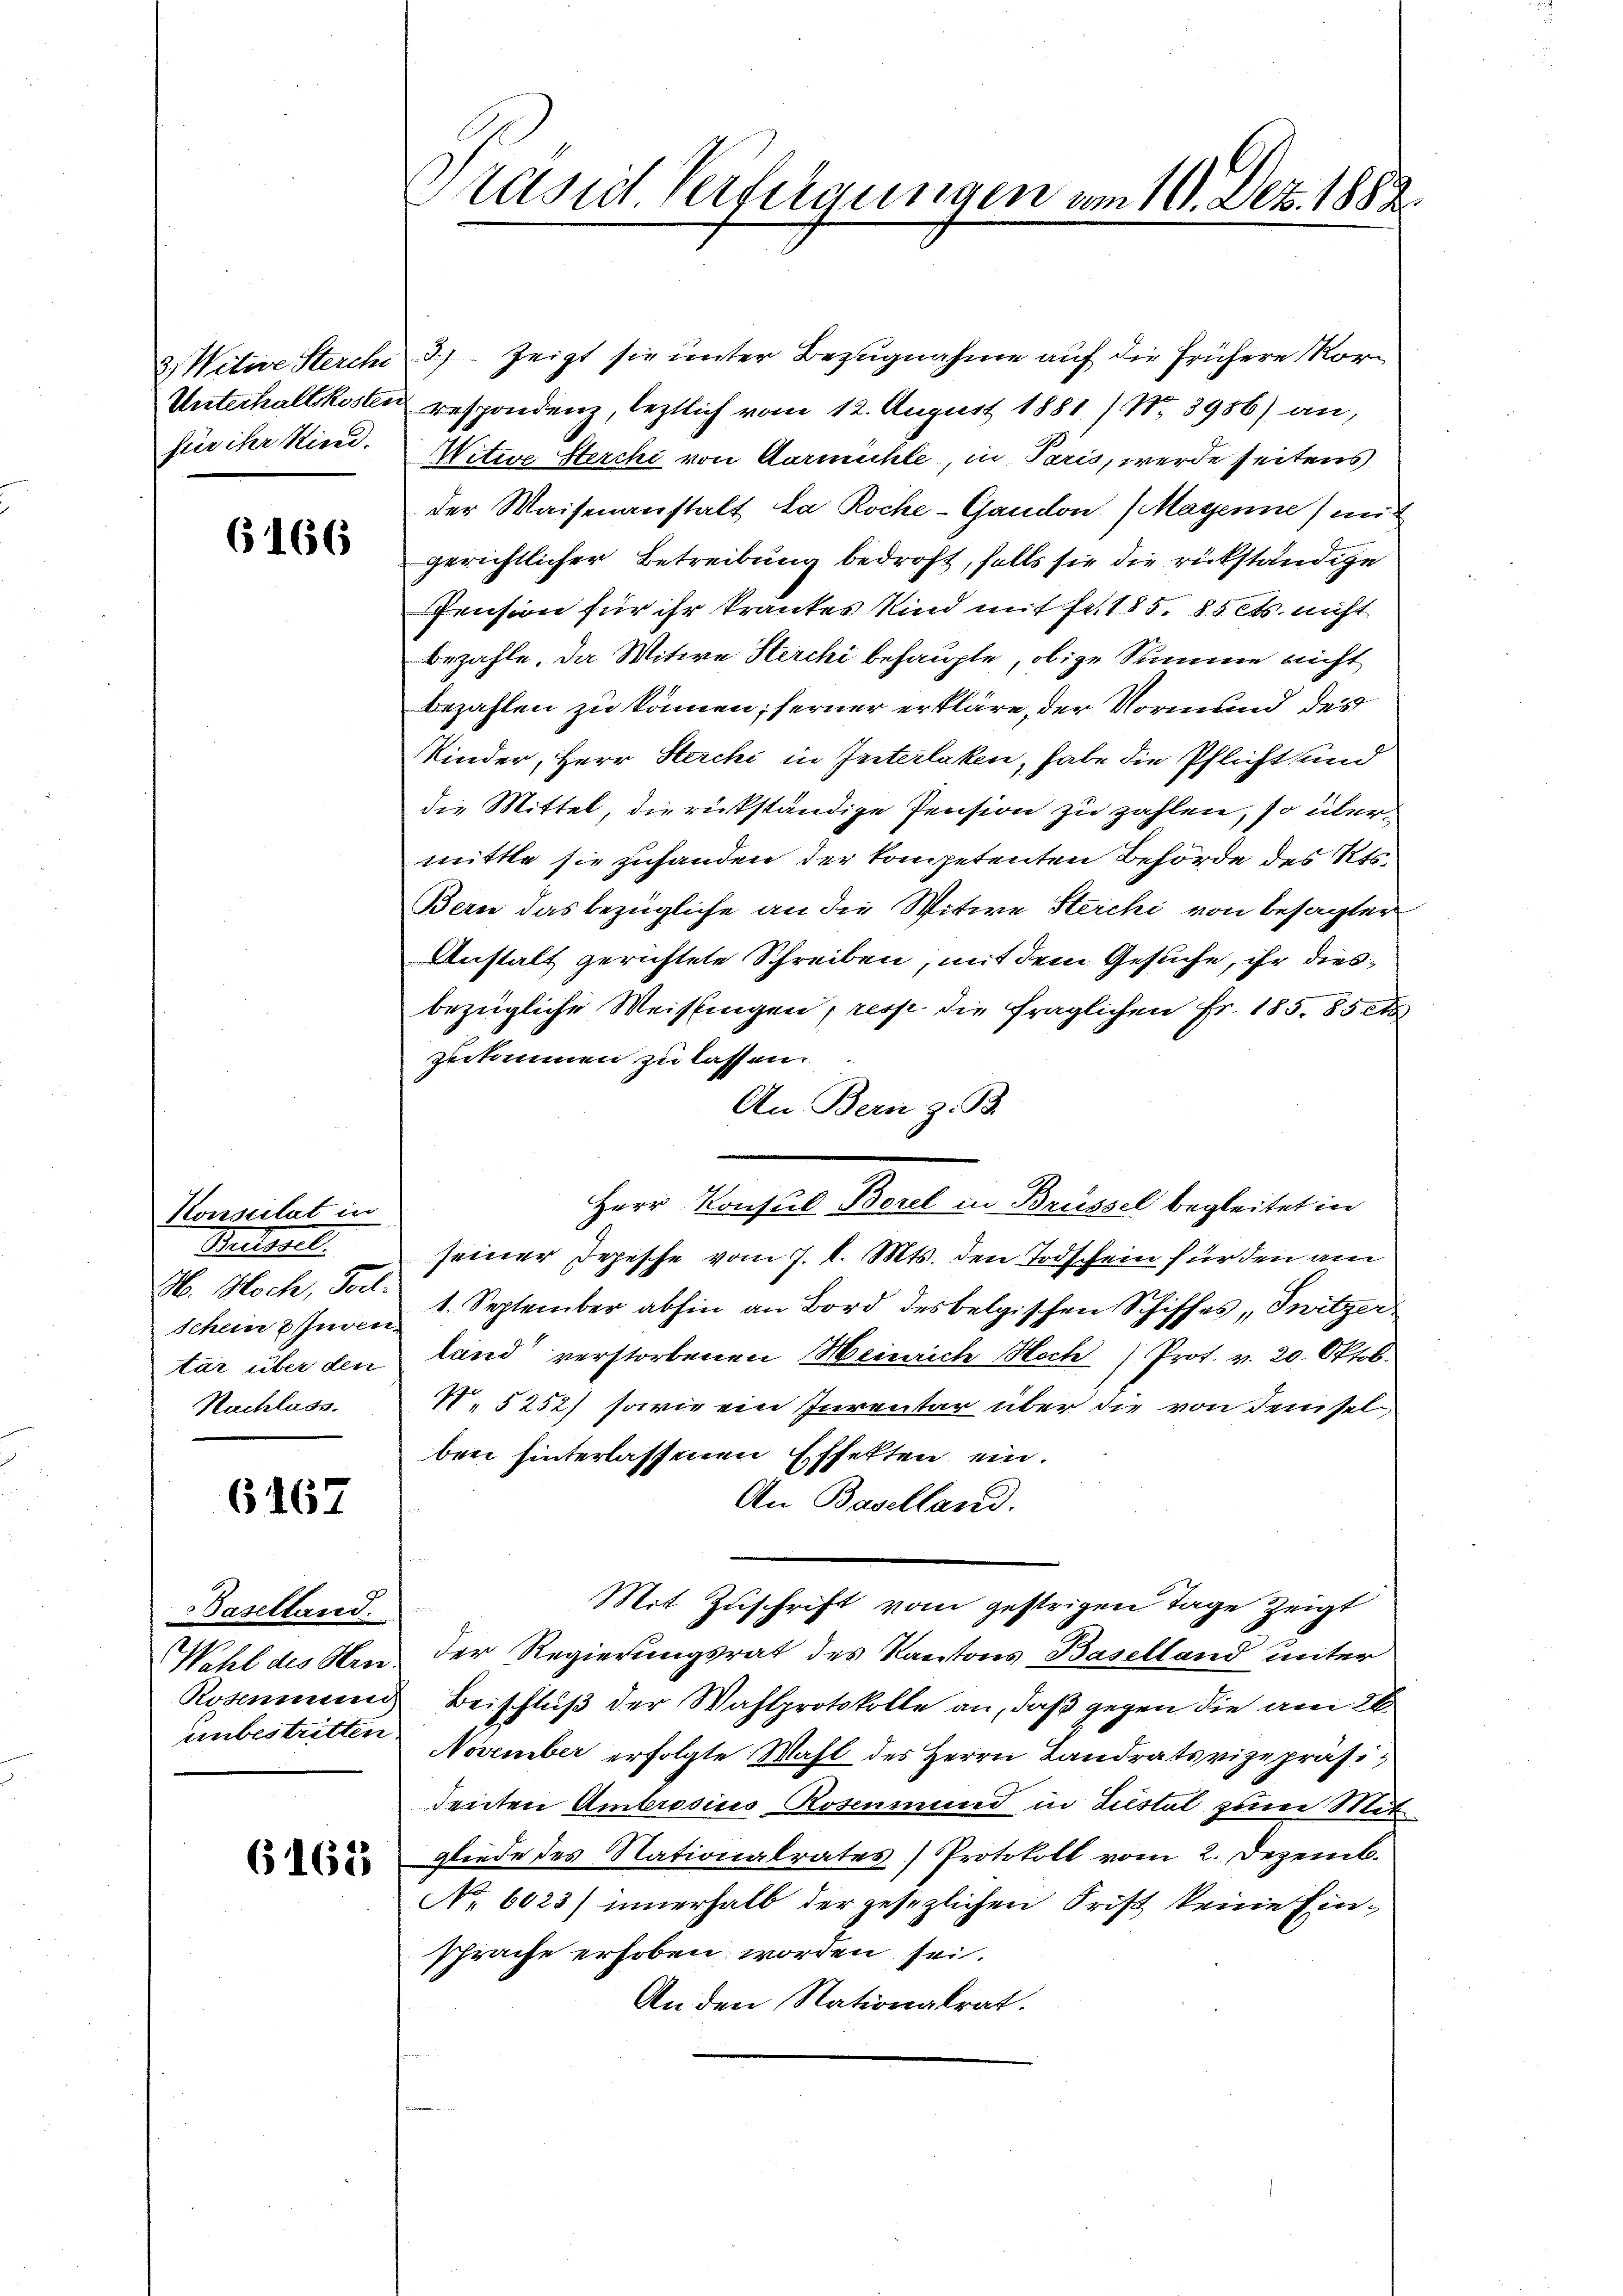
für ihr Kired.

6166

Konstitat in
Betten.
Schein 2 Juven
Nachlass.

6167

Baselland.
unbestritten.

Prasirt Verfügungen vom 10. Dez. 1882.

3., Witwe Sterchi 3.) zeigt sie unter Bezugnahme auf die frühere Ror¬
Unterhaltkosten respondenz, letztlich vom 12. August 1881 / N. 3986) an,
Witwe Sterchi von Aarmühle, in Paris, werde seitens
der Waisenanstalt da Roche-Gandon (Mayenne, mit
gerichtlicher Betreibung bedroht, falls sie die rükständige
Pension für ihr krankes Kind mit Fr. 185. 85 Cts. nicht
bezahle. Da Witwe Herchi behaupte, obige Summe nicht
bezahlen zu können; ferner erkläre, der Vormund des
Kinder, Herr Sterchi in Interlaken, habe die Pflicht und
die Mittel, die rückständige Pension zu zahlen, so übermittle sie zuhanden der kompetenten Behörde des Kts.
Bern das bezügliche an die Witwe Sterchi von besagter
Anstalt gerichtete Schreiben, mit dem Gesuche, ihr diesbezügliche Weisungen, resp. die fraglichen Fr. 185. 85 t
zukommen zu lassen.
An Bern z. B.
Herr Konsul Borel in Brüssel begleitet in
seiner Depesche vom 7. d. Mts. den Todschein für den am
H. Hoch, Fort. 1. September abhin an Bord des belgischen Schiffes, Initzer
tar über den land verstorbenen Meinrich Hoch (Prot. v. 20. Oktob.
5252) sowie ein Inventar über die von demsel
ben hinterlassenen Effekten ein.
An Baselland.
Mit Zuschrift vom gestrigen Tage zeigt
Wehl des See der Regierungsrat des Kantons Baselland unter
Rosenmund Beischluß der Wahlprotokolle an, daß gegen die am 26.
November erfolgte Mahl des Herrn Landratsvizepräsidenten Ambrosius Rosenmund in Zustel zum Mit
 gliede des Nationalrates) Protokoll vom 2. Dezemb.
No. 6023) innerhalb der gesezlichen Frist keine Einsprache erhoben worden sei.
An den Nationalrat.